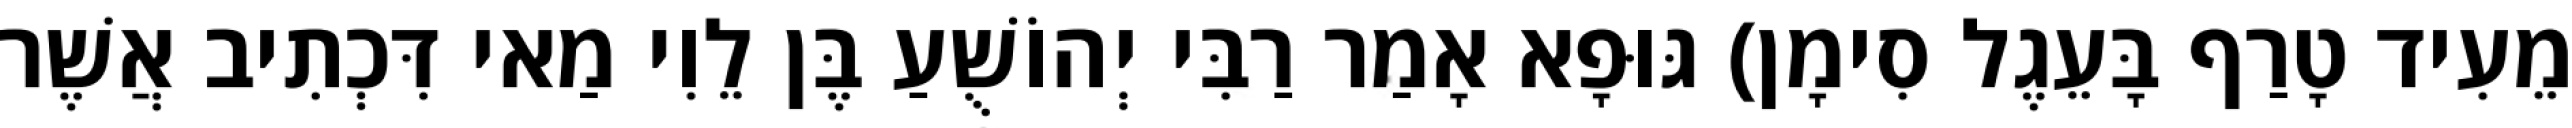
מֵעִיד טָרַף בָּעֵגֶל סִימָן) גּוּפָא אָמַר רַבִּי יְהוֹשֻׁעַ בֶּן לֵוִי מַאי דִּכְתִיב אֲשֶׁר